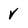
Character: v